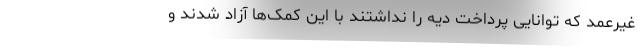
غیرعمد که توانایی پرداخت دیه را نداشتند با این کمک‌ها آزاد شدند و